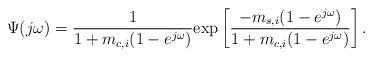
LaTeX: \begin{align*} \Psi(j\omega)=\frac{1}{1+m_{c,i}(1-e^{j\omega})}\mathrm{exp}\left[\frac{-m_{s,i}(1-e^{j\omega})}{1+m_{c,i}(1-e^{j\omega})}\right]. \end{align*}